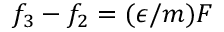
f _ { 3 } - f _ { 2 } = ( \epsilon / m ) F